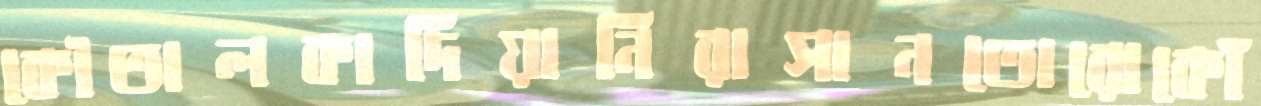
কৌতালকাদিয়ানিরাসানতোরোকোঁ